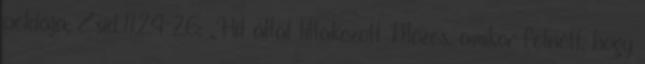
példája; Zsid.11,24-26; „Hit által tiltakozott Mózes, amikor felnőtt, hogy